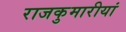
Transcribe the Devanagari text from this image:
राजकुमारीयां